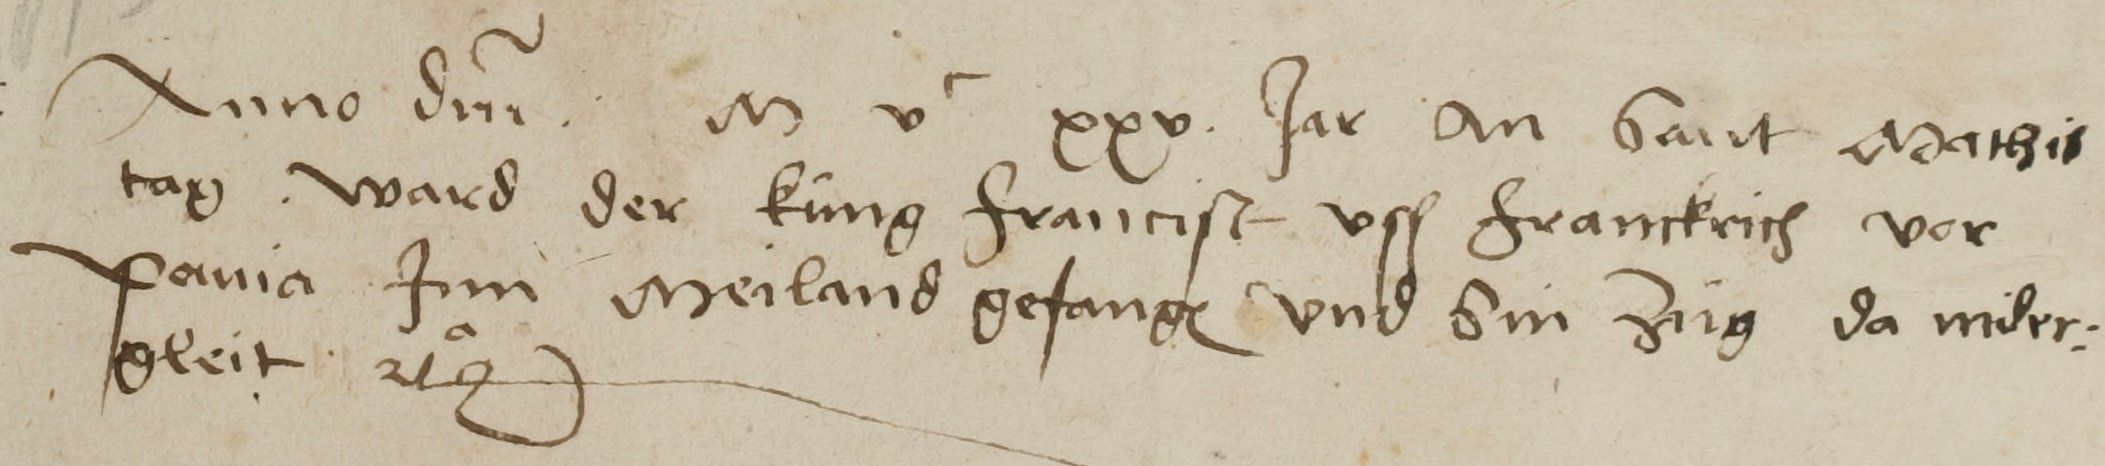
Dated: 1450–1599